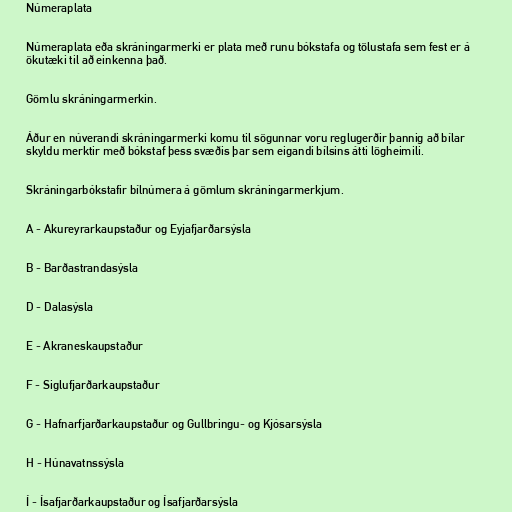
Númeraplata

Númeraplata eða skráningarmerki er plata með runu bókstafa og tölustafa sem fest er á
ökutæki til að einkenna það.

Gömlu skráningarmerkin.

Áður en núverandi skráningarmerki komu til sögunnar voru reglugerðir þannig að bílar
skyldu merktir með bókstaf þess svæðis þar sem eigandi bílsins átti lögheimili.

Skráningarbókstafir bílnúmera á gömlum skráningarmerkjum.

A - Akureyrarkaupstaður og Eyjafjarðarsýsla

B - Barðastrandasýsla

D - Dalasýsla

E - Akraneskaupstaður

F - Siglufjarðarkaupstaður

G - Hafnarfjarðarkaupstaður og Gullbringu- og Kjósarsýsla

H - Húnavatnssýsla

Í - Ísafjarðarkaupstaður og Ísafjarðarsýsla